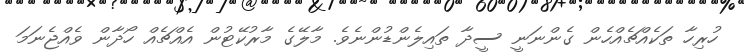
ހުރިހާ ތަކެއްޗެއްހެން ގެންނަނީ ސީދާ ތައިލެންޑުންނެވެ. މާލޭގެ މާރުކޭޓުން އެއްޗެއް ހޯދާން ވެއްޖެނަމަ